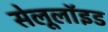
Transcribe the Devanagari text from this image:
सेलूलॉइड